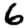
Digit: 6